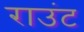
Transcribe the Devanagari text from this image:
राउंट